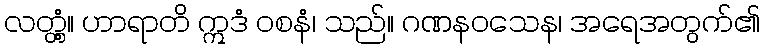
လတ္တံ့။ ဟာရာတိ ဣဒံ ဝစနံ၊ သည်။ ဂဏနဝသေန၊ အရေအတွက်၏